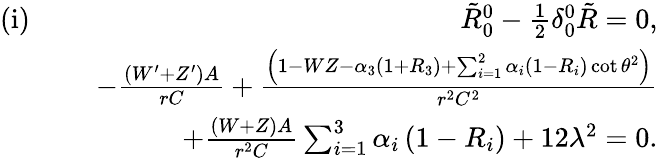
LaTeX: \begin{array}{rlr}{\mathrm{(i)}\, \, }&{}&{\tilde{R}_{0}^{0}-\frac{1}{2}\delta_{0}^{0}\tilde{R}=0,}\\ &{}&{-\frac{\left(W^{\prime}+Z^{\prime}\right)A}{rC}+\frac{\left(1-WZ-\alpha_{3}\left(1+R_{3}\right)+\sum_{i=1}^{2}\alpha_{i}\left(1-R_{i}\right)\cot\theta^{2}\right)}{r^{2}C^{2}}}\\ &{}&{+\frac{(W+Z)A}{r^{2}C}\sum_{i=1}^{3}\alpha_{i}\left(1-R_{i}\right)+12\lambda^{2}=0.}\end{array}